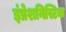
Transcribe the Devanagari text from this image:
इंप्रेशनिस्टिक